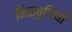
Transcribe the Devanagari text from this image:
भिक्षुणियाँ